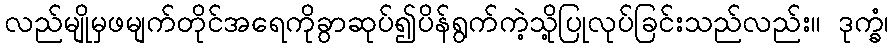
လည်မျိုမှဖမျက်တိုင်အရေကိုခွာဆုပ်၍ပိန်ရွက်ကဲ့သို့ပြုလုပ်ခြင်းသည်လည်း။ ဒုက္ခံ၊